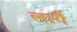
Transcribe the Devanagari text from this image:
लागैं